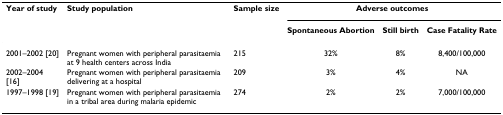
<table><thead><tr><td><b>Year of study</b></td><td><b>Study population</b></td><td><b>Sample size</b></td><td colspan="3"><b>Adverse outcomes</b></td></tr><tr><td></td><td></td><td></td><td><b>Spontaneous Abortion</b></td><td><b>Still birth</b></td><td><b>Case Fatality Rate</b></td></tr></thead><tbody><tr><td>2001–2002 [20]</td><td>Pregnant women with peripheral parasitaemia at 9 health centers across India</td><td>215</td><td>32%</td><td>8%</td><td>8,400/100,000</td></tr><tr><td>2002–2004[16]</td><td>Pregnant women with peripheral parasitaemia delivering at a hospital</td><td>209</td><td>3%</td><td>4%</td><td>NA</td></tr><tr><td>1997–1998 [19]</td><td>Pregnant women with peripheral parasitaemia in a tribal area during malaria epidemic</td><td>274</td><td>2%</td><td>2%</td><td>7,000/100,000</td></tr></tbody></table>